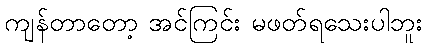
ကျန်တာတော့ အင်ကြင်း မဖတ်ရသေးပါဘူး